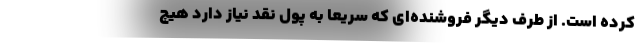
کرده‌ است. از طرف دیگر فروشنده‌ای که سریعا به پول نقد نیاز دارد هیچ